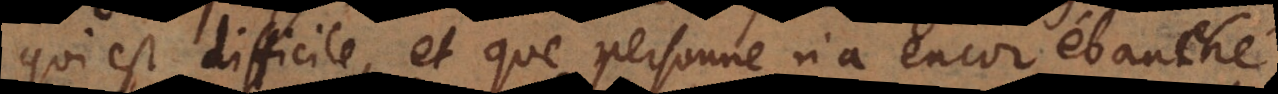
qui est difficile, et que personne n’a encor ébauché